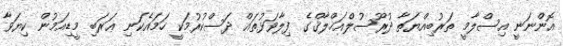
އޮންނަނީ އިސްލާމީ ތަރުބިއްޔަތާ ދުރޫސުލްއަޚްލާޤްގެ ފިލާވަޅުތައް ދަސްކުރުމަކީ ހަމައެކަނި ޢަރަބި މީޑިއަމުން ކިޔަވާ